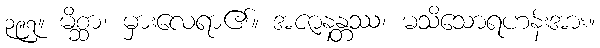
၃၉၇။ မိစ္ဆာ၊ မှားလေရာ၏။ အဇာနန္တဿ၊ မသိသောရဟန်းအား။